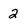
Character: 2